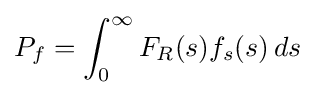
P_{f}=\int _{0}^{\infty }F_{R}(s)f_{s}(s)\,ds